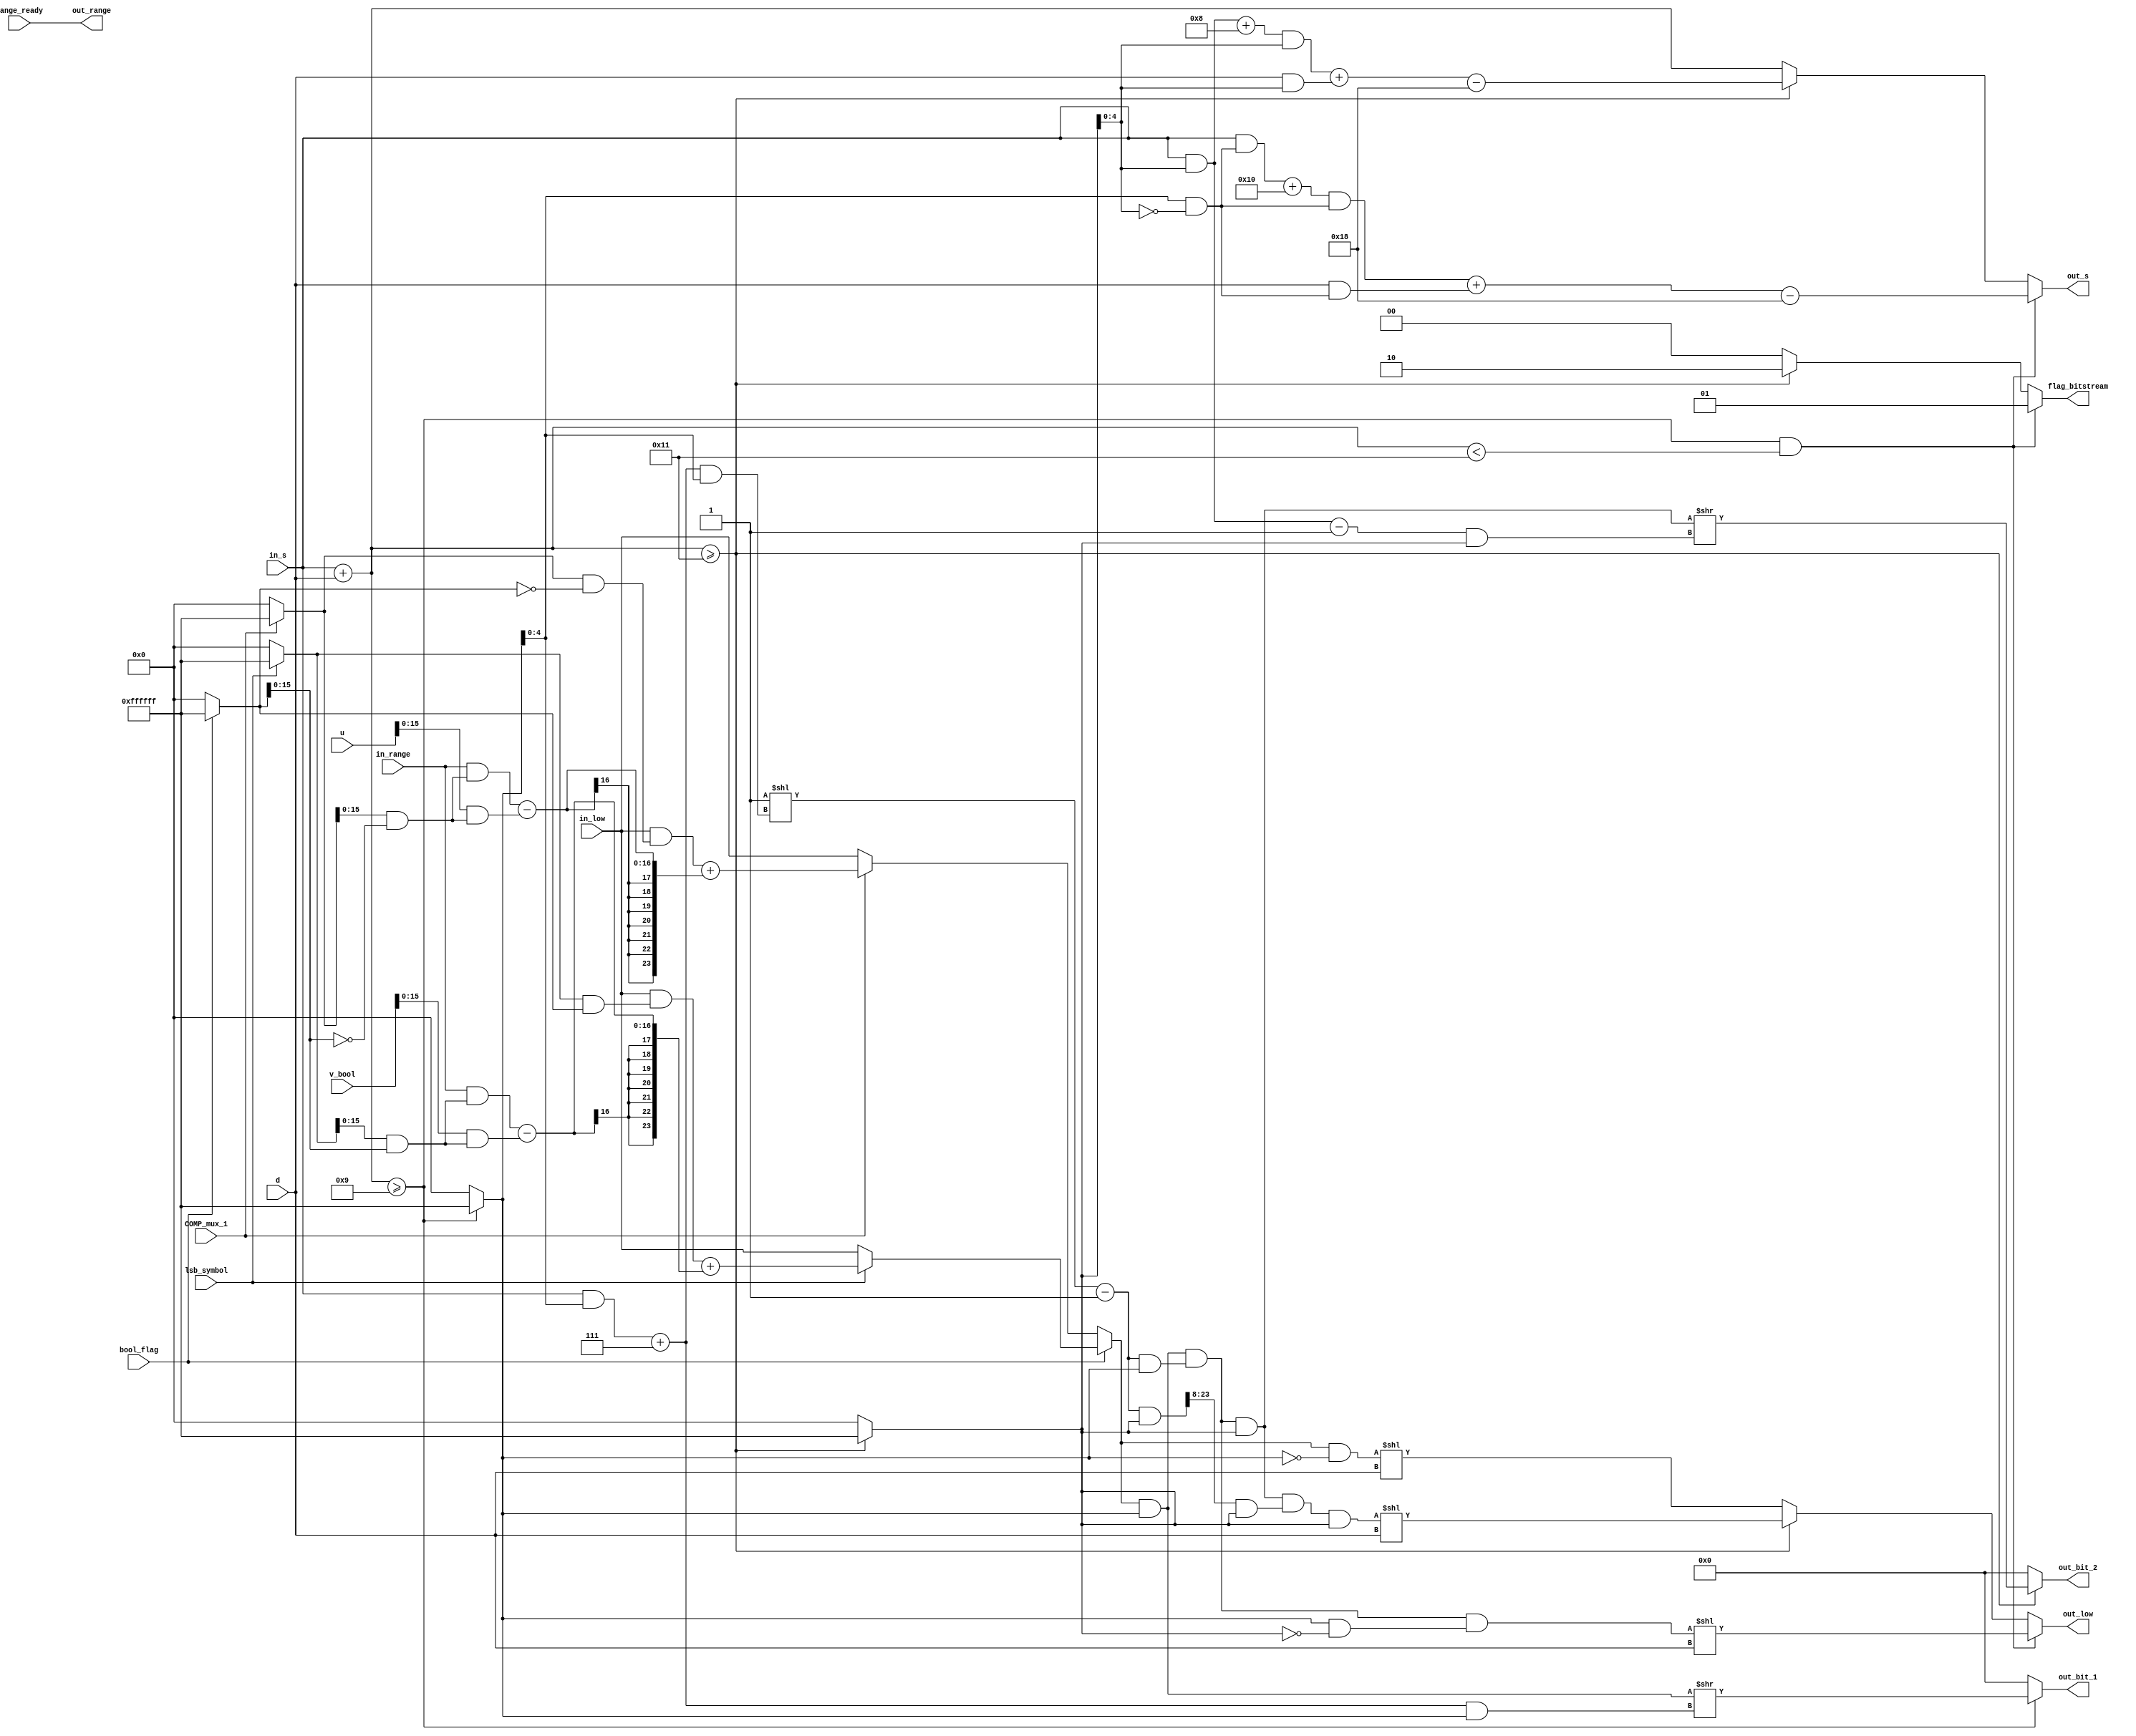
module stage_3 #(
    parameter RANGE_WIDTH = 16,
    parameter LOW_WIDTH = 24,
    parameter D_SIZE = 5
    ) (
        input [(RANGE_WIDTH-1):0] in_range, range_ready,
        input [(D_SIZE-1):0] d,
        input COMP_mux_1, bool_flag, lsb_symbol,
        input [RANGE_WIDTH:0] u, v_bool,
        input [(D_SIZE-1):0] in_s,
        input [(LOW_WIDTH-1):0] in_low,
        output wire [(LOW_WIDTH-1):0] out_low,
        output wire [(RANGE_WIDTH-1):0] out_range,
        output wire [(RANGE_WIDTH-1):0] out_bit_1, out_bit_2,       // I'll keep 16-bit output for bitstream because I'm not sure it will work with less.
        output wire [1:0] flag_bitstream,
        output wire [(D_SIZE-1):0] out_s
    );
    wire [(LOW_WIDTH-1):0] low_1, low_bool, low_not_bool;
    wire [(LOW_WIDTH-1):0] low;

    // ==================================
    // Operand Isolation for Low Updating process
    wire [(LOW_WIDTH-1):0] op_iso_and_bool, op_iso_and_lsb_symbol, op_iso_and_comp_mux_1;
    wire [(RANGE_WIDTH-1):0] op_iso_bool_range, op_iso_v_bool;
    wire [(LOW_WIDTH-1):0] op_iso_bool_low, op_iso_low_1;
    wire [(RANGE_WIDTH-1):0] op_iso_range_1, op_iso_u_1;

    assign op_iso_and_bool = (bool_flag) ? 24'd16777215 :
                            24'd0;
    assign op_iso_and_lsb_symbol = (lsb_symbol) ? 24'd16777215 :
                                    24'd0;
    assign op_iso_and_comp_mux_1 = (COMP_mux_1) ? 24'd16777215 :
                                    24'd0;

    assign op_iso_bool_range = in_range & (op_iso_and_lsb_symbol[(RANGE_WIDTH-1):0] & op_iso_and_bool[(RANGE_WIDTH-1):0]);     // Operand Isolation targeting the in_range in low_bool assignment
    assign op_iso_v_bool = v_bool[(RANGE_WIDTH-1):0] & (op_iso_and_lsb_symbol[(RANGE_WIDTH-1):0] & op_iso_and_bool[(RANGE_WIDTH-1):0]);         // Op Isolation targeting v_bool in low_bool assignment
    assign op_iso_bool_low = in_low & (op_iso_and_lsb_symbol & op_iso_and_bool);        // Operand Isolation targeting in_low in low_bool assignement when (lsb_symbol == 1)
    assign op_iso_low_1 = in_low & (op_iso_and_comp_mux_1 & ~op_iso_and_bool);   // Operand Isolation targeting in_low in low_1 assignment
    assign op_iso_range_1 = in_range & (op_iso_and_comp_mux_1[(RANGE_WIDTH-1):0] & ~op_iso_and_bool[(RANGE_WIDTH-1):0]);    // Operand Isolating targeting in_range in low_1 assignment
    assign op_iso_u_1 = u[(RANGE_WIDTH-1):0] & (op_iso_and_comp_mux_1[(RANGE_WIDTH-1):0] & ~op_iso_and_bool[(RANGE_WIDTH-1):0]);       // Operand Isolation targeting u in low_1 assignment
    // ==================================

    assign low_1 = op_iso_low_1 + (op_iso_range_1 - op_iso_u_1[(RANGE_WIDTH-1):0]);

    assign low_bool = (lsb_symbol == 1'b1) ? (op_iso_bool_low + (op_iso_bool_range - op_iso_v_bool[(RANGE_WIDTH-1):0])) :
                        in_low;

    // ------------------------------------------------------
    assign low_not_bool = (COMP_mux_1 == 1'b1) ? low_1 :
                            in_low;
    assign low = (bool_flag == 1'b1) ? low_bool :
                low_not_bool;

    // =============================================================================
    // normalization
    wire [(LOW_WIDTH-1):0] low_s0, low_s8, m_s8, m_s0;
    wire [(D_SIZE-1):0] c_internal_s0, c_internal_s8, c_norm_s0, s_s0, s_s8, s_comp;
    wire [(D_SIZE-1):0] c_bit_s0, c_bit_s8;

    // ==================================
    // Operand Isolation for Low Normalization and bitstream generation processes
    wire [(LOW_WIDTH-1):0] op_iso_and_greater_17, op_iso_and_greater_9;
    wire [(LOW_WIDTH-1):0] op_iso_m_s0, op_iso_m_s8, op_iso_m_s0_8;
    wire [(LOW_WIDTH-1):0] op_iso_low_low_s0, op_iso_low_s0, op_iso_low_s0_8, op_iso_low_s8, op_iso_low_out;
    wire [(D_SIZE-1):0] op_iso_c_norm_s0, op_iso_in_s_c_norm_s0;
    wire [(D_SIZE-1):0] op_iso_in_s_s0, op_iso_d_s0, op_iso_in_s_s8, op_iso_d_s8;
    wire [(D_SIZE-1):0] op_iso_c_int_s0, op_iso_c_int_s8;
    wire [(LOW_WIDTH-1):0] op_iso_c_bit_s0, op_iso_c_bit_s8, op_iso_low_bit_s0, op_iso_low_s0_bit_s8;
    wire [(D_SIZE-1):0] op_iso_in_s_c_bit_s0, op_iso_in_s_c_bit_s8;

    assign op_iso_and_greater_17 = (s_comp >= 17) ? 24'd16777215 :
                                    24'd0;
    assign op_iso_and_greater_9 = (s_comp >= 9) ? 24'd16777215 :
                                    24'd0;

    assign op_iso_low_low_s0 = low & op_iso_and_greater_9;  // Used in low_s0 assignment
    assign op_iso_c_norm_s0 = c_norm_s0 & op_iso_and_greater_9[(D_SIZE-1):0]; // Used in m_s0 assignment
    assign op_iso_in_s_c_norm_s0 = in_s & op_iso_and_greater_9[(D_SIZE-1):0]; // Used in c_norm_s0
    assign op_iso_m_s0 = m_s0 & op_iso_and_greater_9;   // Used in low_s0 assignment
    assign op_iso_m_s0_8 = m_s0 & op_iso_and_greater_17; // used in m_s8 assignment
    assign op_iso_m_s8 = m_s8 & op_iso_and_greater_17;  // Used in low_s8 assignment
    assign op_iso_low_s0_8 = low_s0 & op_iso_and_greater_17;    // Used in low_s8 assignment
    assign op_iso_low_s0 = low_s0 & (op_iso_and_greater_9 & ~op_iso_and_greater_17);   // Used in out_low assignment
    assign op_iso_low_s8 = low_s8 & op_iso_and_greater_17;  // Used in out_low assignment
    assign op_iso_low_out = low & (~op_iso_and_greater_9);  // Used in out_low assignment
    // -----
    assign op_iso_in_s_s0 = in_s & (op_iso_and_greater_9[(D_SIZE-1):0] & ~op_iso_and_greater_17[(D_SIZE-1):0]); // Used in c_internal_s0 assignment
    assign op_iso_in_s_s8 = in_s & op_iso_and_greater_17[(D_SIZE-1):0];   // Used in c_internal_s8 assignment
    assign op_iso_d_s0 = d & (op_iso_and_greater_9[(D_SIZE-1):0] & ~op_iso_and_greater_17[(D_SIZE-1):0]);   // Used in s_s0 assignment
    assign op_iso_d_s8 = d & op_iso_and_greater_17[(D_SIZE-1):0];   // Used in c_internal_s8 assignment
    assign op_iso_c_int_s0 = c_internal_s0 & (op_iso_and_greater_9[(D_SIZE-1):0] & ~op_iso_and_greater_17[(D_SIZE-1):0]);   // Used in s_s0 assignment
    assign op_iso_c_int_s8 = c_internal_s8 & op_iso_and_greater_17[(D_SIZE-1):0];   // Used in c_internal_s8 assignment
    // -----
    assign op_iso_c_bit_s0 = c_bit_s0 & op_iso_and_greater_9;   // Used in out_bit_1
    assign op_iso_c_bit_s8 = c_bit_s8 & op_iso_and_greater_17;  // Used in out_bit_2
    assign op_iso_low_bit_s0 = low & op_iso_and_greater_9;  // Used in out_bit_1
    assign op_iso_low_s0_bit_s8 = low_s0 & op_iso_and_greater_17;   // Used in out_bit_2
    assign op_iso_in_s_c_bit_s0 = in_s & op_iso_and_greater_9[(D_SIZE-1):0];  // Used in c_bit_s0
    assign op_iso_in_s_c_bit_s8 = in_s & op_iso_and_greater_17[(D_SIZE-1):0]; // Used in c_bit_s8
    // ==================================


    assign s_comp = in_s + d;
    // ----------------------
    assign c_norm_s0 = op_iso_in_s_c_norm_s0 + 5'd7;    // Using Operand Isolation
    assign c_internal_s0 = op_iso_in_s_s0 + 5'd16;        // Used to update cnt (s) || Using Operand Isolation
    assign m_s0 = (24'd1 << op_iso_c_norm_s0) - 24'd1;  // Using Operand Isolation

    assign s_s0 = op_iso_c_int_s0 + op_iso_d_s0 - 5'd24;    // Used to update cnt (s)   || Using Operand Isolation
    assign low_s0 = op_iso_low_low_s0 & op_iso_m_s0;  // Using Operand Isolation
    // -----------------------
    assign c_internal_s8 = op_iso_in_s_s8 + 5'd8;   // Using Operand Isolation
    assign m_s8 = op_iso_m_s0_8 >> 5'd8;    // Using Operand Isolation

    assign s_s8 = op_iso_c_int_s8 + op_iso_d_s8 - 5'd24;    // Using Operand Isolation
    assign low_s8 = op_iso_low_s0_8 & op_iso_m_s8;   // Using Operand Isolation
    // =============================================================================
    // outputs
    assign out_range = range_ready;

    assign out_low = ((s_comp >= 9) && (s_comp < 17)) ? op_iso_low_s0 << d :    // Using Operand Isolation
                        (s_comp >= 17) ? op_iso_low_s8 << d :   // Using Operand Isolation
                        op_iso_low_out << d;    // Using Operand Isolation

    assign out_s = ((s_comp >= 9) && (s_comp < 17)) ? s_s0 :
                    (s_comp >= 17) ? s_s8 :
                    s_comp;
    // pre-bitstream generation
    assign c_bit_s0 = op_iso_in_s_c_bit_s0 + 5'd7;
    assign c_bit_s8 = op_iso_in_s_c_bit_s8 - 5'd1;

    assign out_bit_1 = (s_comp >= 9) ? op_iso_low_bit_s0 >> op_iso_c_bit_s0 :                 // Bit_1 will always be saved in the position addr in the buffer
                        16'd0;
    assign out_bit_2 = (s_comp >= 17) ? op_iso_low_s0_bit_s8 >> op_iso_c_bit_s8 :                // Bit_2 will be saved in the position addr+1 in the buffer
                        16'd0;

    assign flag_bitstream = ((s_comp >= 9) && (s_comp < 17)) ? 2'd1 :       // The flag will be used to show the register in the end of this module when to save the new bits
                            (s_comp >= 17) ? 2'd2 :                         // As it can give a different number of outputs, it's necessary to indicate when to save both or only 1
                            2'd0;                                           // 01: save only bit_1; 11: save both


    // Architecture for Offs is officially removed from the final AV1's architecture due to be useless
    // The Offs are useful for the methodology used by the AV1's reference software to propagate the carry
    // However, with the carry propagation block designed here, it is not useful at all.

    // assign out_offs = ((s_comp >= 9) && (s_comp < 17)) ? in_offs + 5'd1 :   // This is the offs_counter which will be used in the carry propagation block (which will be created as stage 4)
    //                     (s_comp >= 17) ? in_offs + 5'd2 :
    //                     in_offs;

endmodule